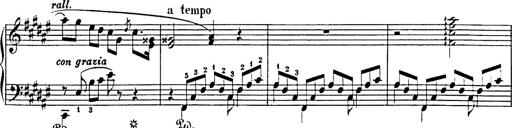
Title: Impromptu
Composer: JosÃ© MarÃ­a Usandizaga
Key: A major